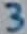
Text: 3